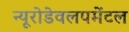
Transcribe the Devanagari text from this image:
न्यूरोडेवलपमेंटल